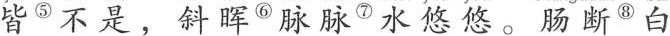
皆 ^{⑤} 不是，斜晖 ^{⑥} 脉脉 ^{⑦} 水悠悠。肠断 ^{⑧} 白